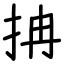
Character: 抩